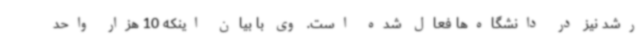
رشد نیز در دانشگاه‌ها فعال شده است. وی با بیان اینکه 10 هزار واحد